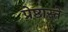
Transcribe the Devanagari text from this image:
प्रेष्ठास्ते